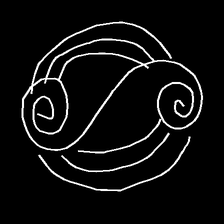
Glyph: wind-underfoot